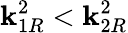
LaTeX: \mathbf{k}_{1R}^{2}<\mathbf{k}_{2R}^{2}